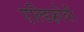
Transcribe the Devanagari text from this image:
एल्डिफ़्रोवी